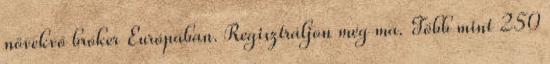
növekvő bróker Európában. Regisztráljon még ma. Több mint 250